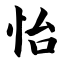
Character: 怡